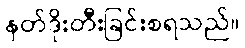
နတ်ဒိုးတီးခြင်းစရသည်။